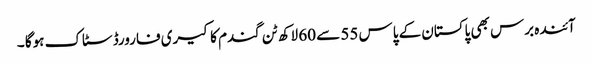
آئندہ برس بھی پاکستان کے پاس 55 سے 60 لاکھ ٹن گندم کا کیری فارورڈ سٹاک ہوگا ۔